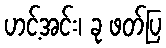
ဟင့်အင်း၊ ခု ဖတ်ပြ